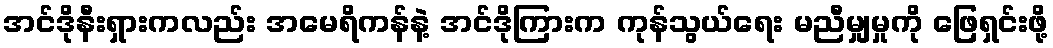
အင်ဒိုနီးရှားကလည်း အမေရိကန်နဲ့ အင်ဒိုကြားက ကုန်သွယ်ရေး မညီမျှမှုကို ဖြေရှင်းဖို့